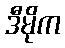
ဒီမိုက